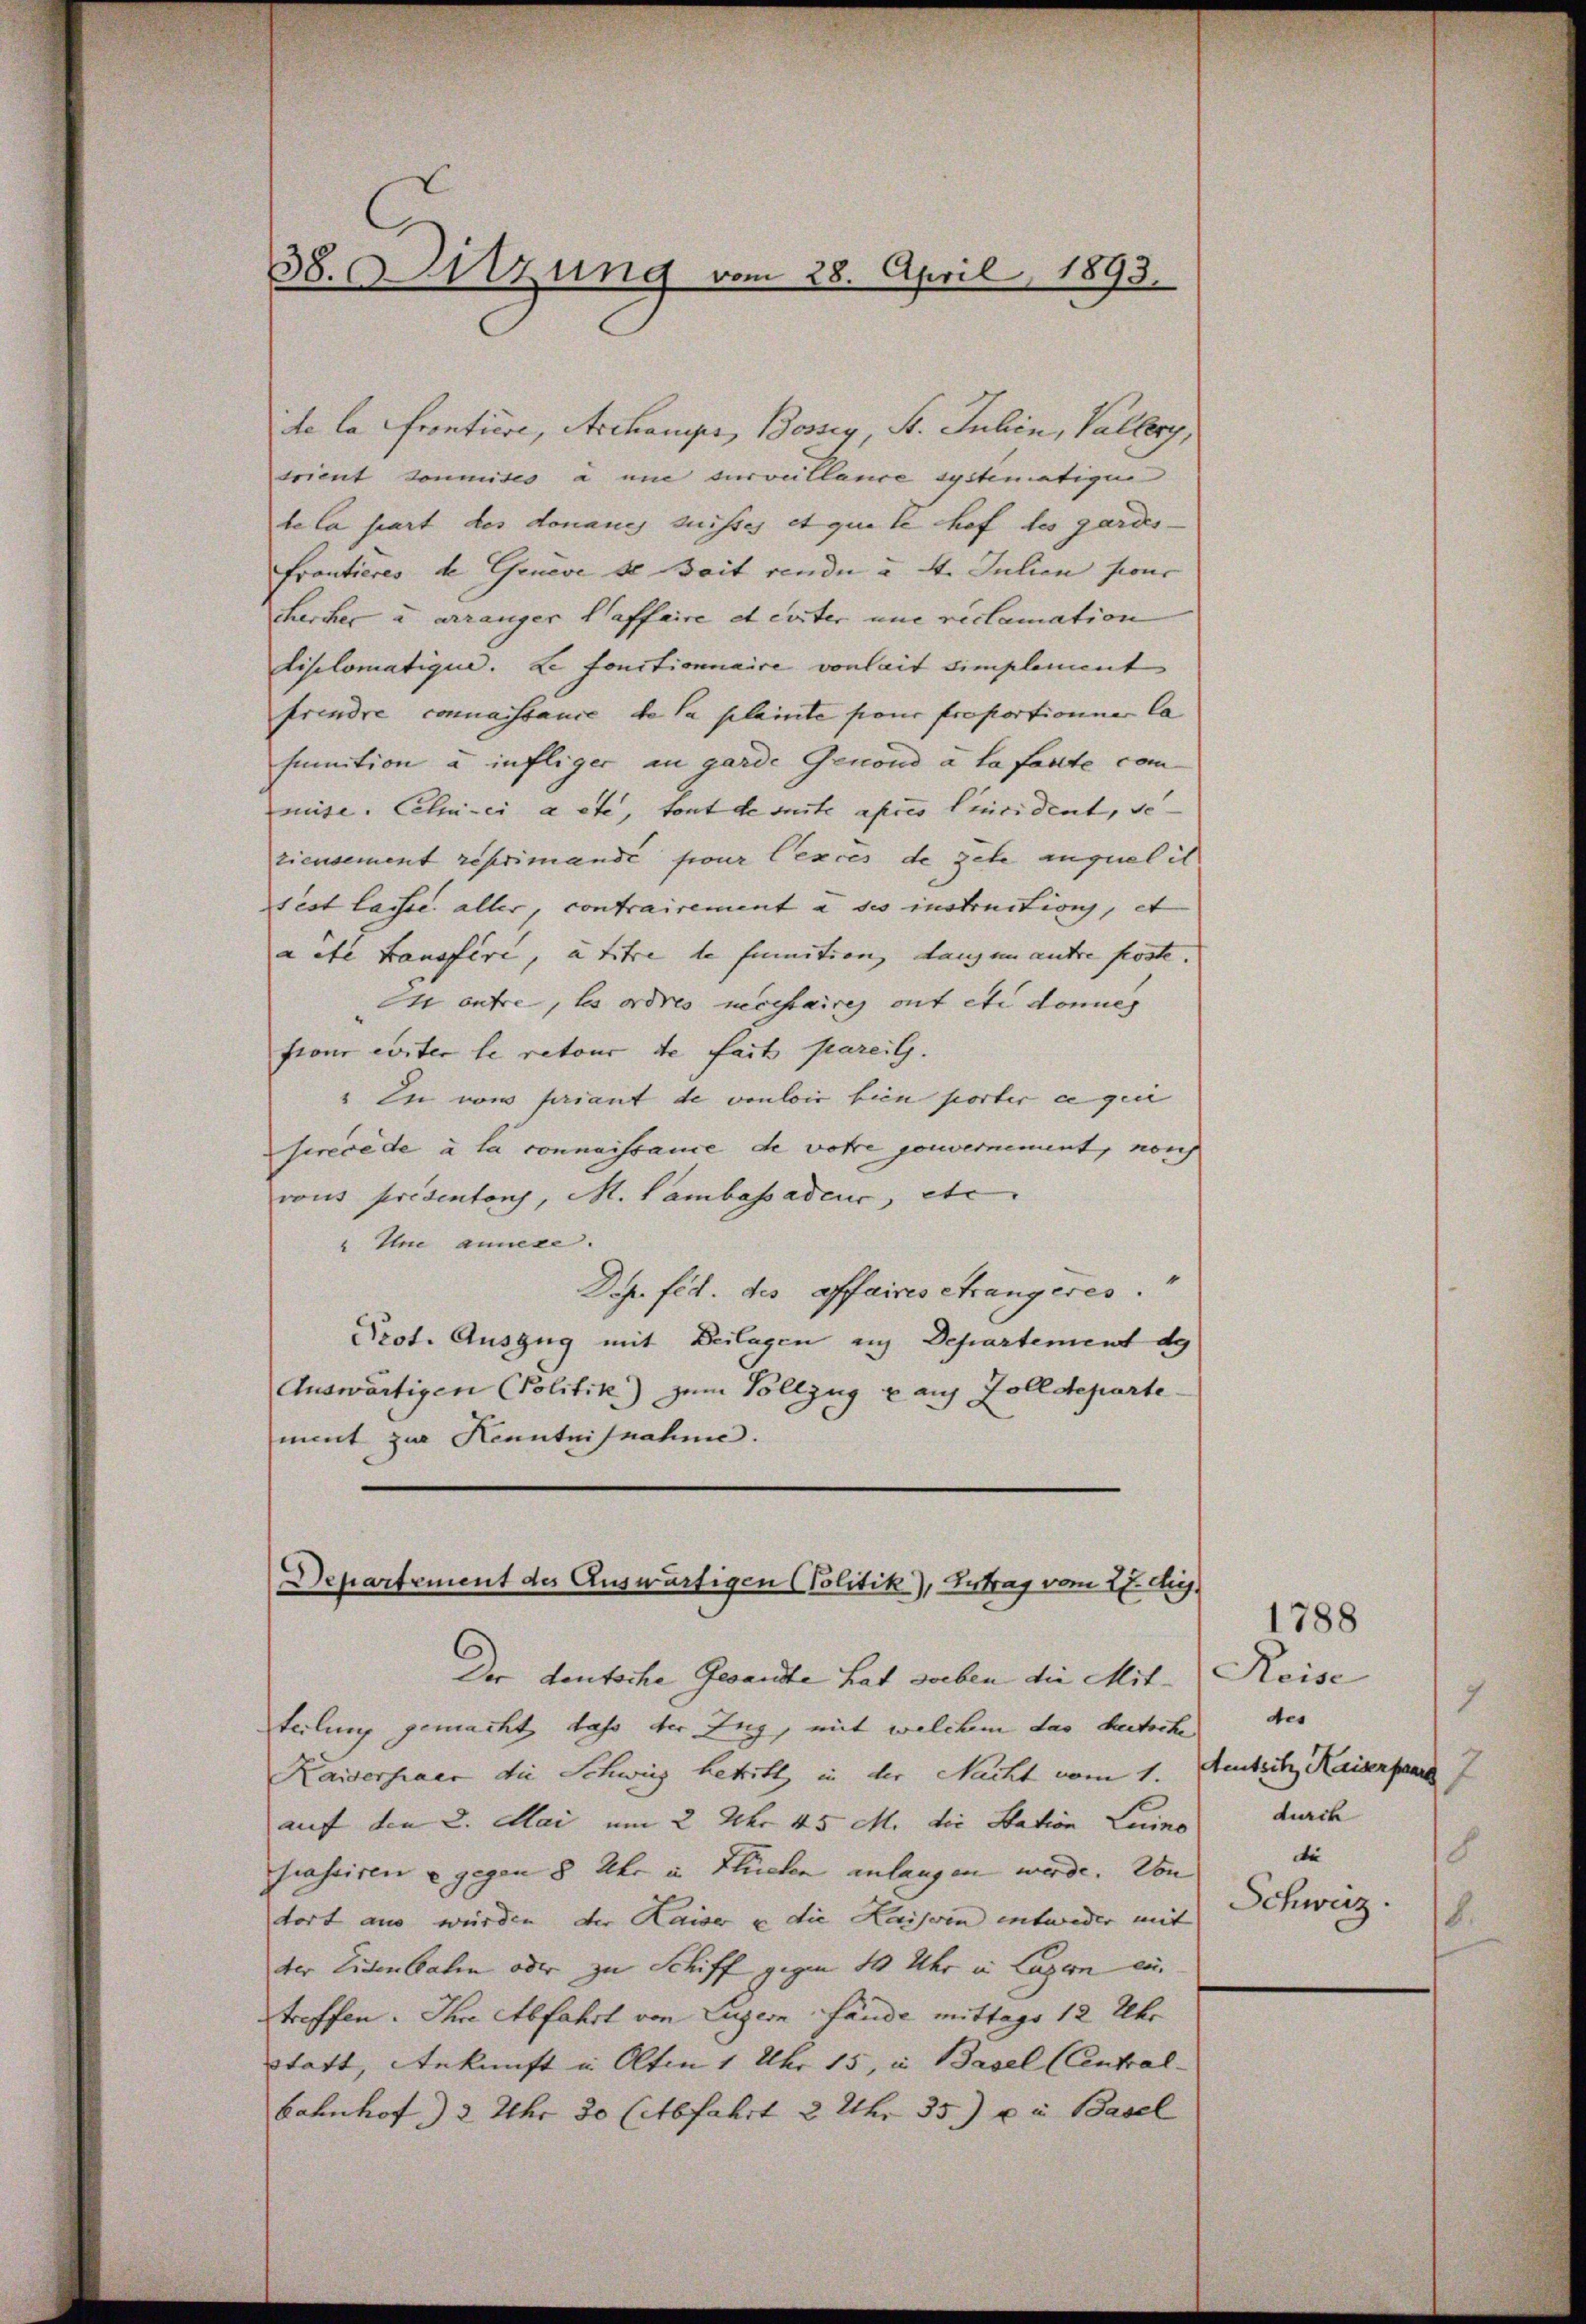
38. Sitzung vom 28. April 1893.

de la frontiere, Archanipe, Bossig, St. Jnhin, Vallerg,
trient somites à une surveillance systematigen
te la hart des donaues suisses et que le chef des gardes-
Frantieres de Geneve de Bait rende u. 4. Julien sons
chercher u. arranger Haffaire et erster une reclamation
diplomatique. Le fonctionnaire vonlait simplement
frendre connaissance de la plainte pour proportionner Ca
finition u infliger an garde Genond à la faute com
mise. Celui-ci a ete, tout de suite apres lincident, se
zieusement reprimandé pour excès de gehe auquelit
sest laisse aller, contrairement à ses instructions, et
aite transfire, à titre de funition, Langen autre poste.
 autre, les ordres necessaires auf etc donnes
front erster le retour de fait pareig.
" In vom priant de vouloir bien porter ee geir
srecede à la connaissance de votre gouvernement, non
vous présentens, M. Lambassadeus, etc.
" Une annese.
Dep. fid. des affaires Strangeres.
Prot. Auszug mit Beilagen aus Departement de
Auswärtigen (Politik) zum Vollzug auf Zolldeparte
ment zur Kenntnisnahme.
Departement des Auswärtigen (Politik), Ertrag vom 27. di

Der deutsche Gesandte hat soeben die Mitteilung gemacht, dass der Zug, mit welchem das beitsche
Kaiserhaer die Schweiz betritt in der Nacht vom 1. Austritz, Kaisenpaar
auf den 2. Mai um 2 Uhr 45 M. die Station Luino
frassiren u gegen 8 Uhr in Stücken anlangen werde. Von
dort aus würden, der Kaiser u die Kaisern entweder mit
der Eisenbahn oder zu Schiff gegen 10 Uhr in Luzern ei
treffen. Ihre Abfahrt von Luzern fände mittags 12 Uhr
Statt, Ankunft in Olten 1 Uhr 15, in Basel (Central-
Bahnhof 2 Uhr 30 (etbfahrt 3 Uhr 35) u. in Basel

1788
Roise
7
des
durch
8
di
Schweiz.
8.